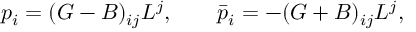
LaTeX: p _ { i } = ( G - B ) _ { i j } L ^ { j } , \qquad \bar { p } _ { i } = - ( G + B ) _ { i j } L ^ { j } ,